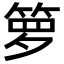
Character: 箩